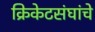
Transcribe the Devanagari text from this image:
क्रिकेटसंघांचे